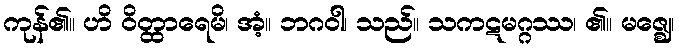
ကုန်၏။ ဟိ ဝိတ္ထာရေမိ၊ အံ့။ ဘဂဝါ၊ သည်။ သကဋမဂ္ဂဿ၊ ၏။ မဇ္ဈေ၊